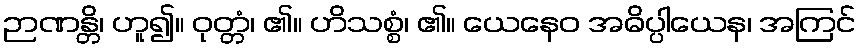
ဉာဏန္တိ၊ ဟူ၍။ ဝုတ္တံ၊ ၏။ ဟိသစ္စံ၊ ၏။ ယေနေဝ အဓိပ္ပါယေန၊ အကြင်